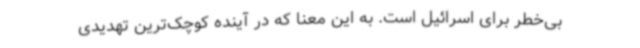
بی‌خطر برای اسرائیل است. به این معنا که در آینده کوچک‌ترین تهدیدی